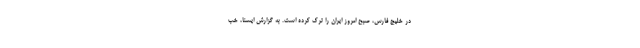
در خلیج فارس، صبح امروز ایران را ترک کرده است. به گزارش ایسنا، خب